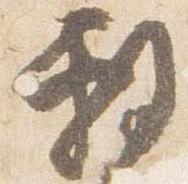
敷